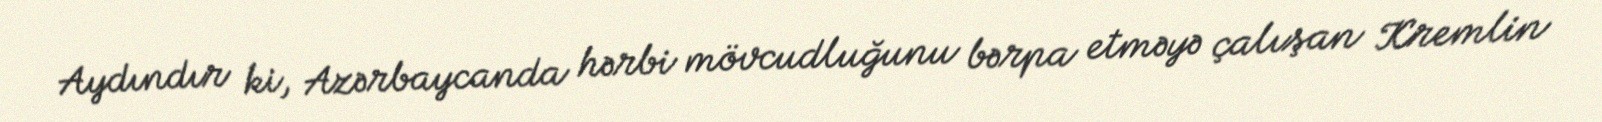
Aydındır ki, Azərbaycanda hərbi mövcudluğunu bərpa etməyə çalışan Kremlin